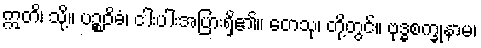
ဣတိ၊ သို့။ ပဉ္စဝိဓံ၊ ငါးပါးအပြားရှိ၏။ တေသု၊ တို့တွင်။ ဗုဒ္ဓစက္ခုနာမ၊